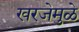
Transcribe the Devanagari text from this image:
खरजेमुळे